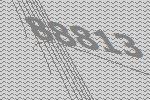
88813